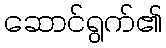
ဆောင်ရွက်၏